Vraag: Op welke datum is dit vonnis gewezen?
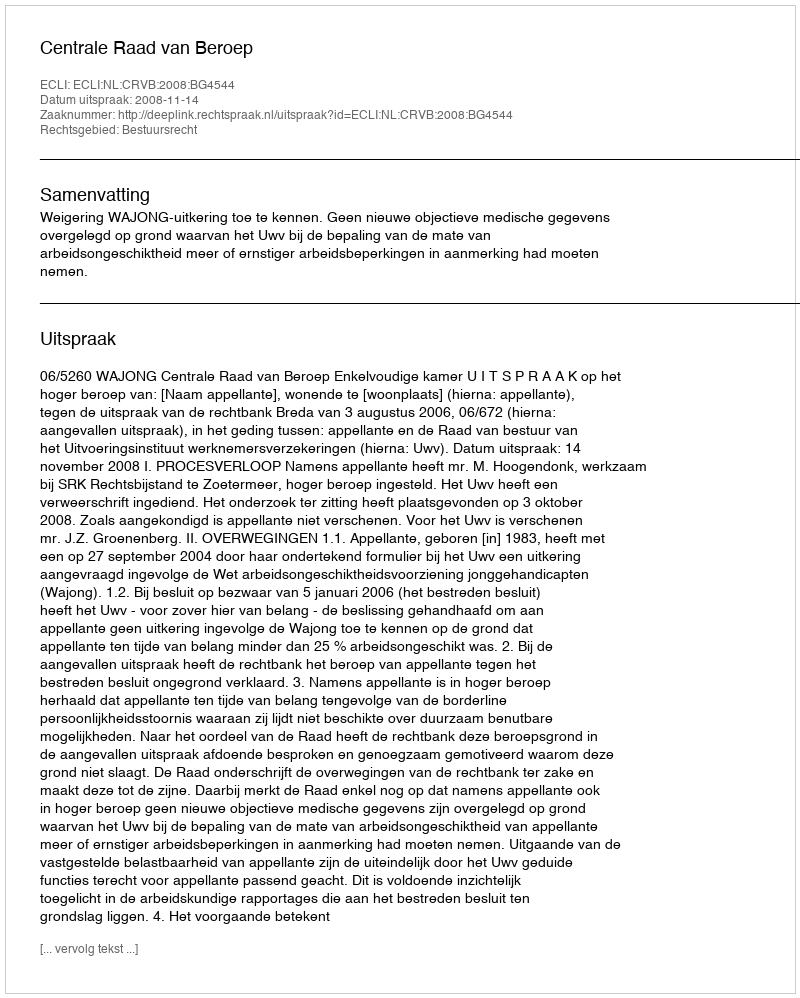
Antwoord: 2008-11-14